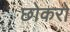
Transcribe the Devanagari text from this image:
छोकरो